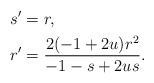
LaTeX: \begin{align*}s' &= r,\\r' &= \frac{2 (-1 + 2 u) r^2}{-1 - s + 2 u s}.\end{align*}